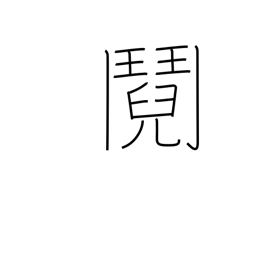
Meaning: quarrel